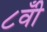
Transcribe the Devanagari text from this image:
८वीँ